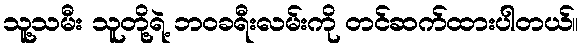
သူ့သမီး သူတို့ရဲ့ ဘဝခရီးလမ်းကို တင်ဆက်ထားပါတယ်။